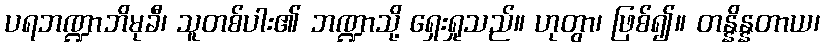
ပရဘဏ္ဍာဘိမုခီ၊ သူတစ်ပါး၏ ဘဏ္ဍာသို့ ရှေးရှုသည်။ ဟုတွာ၊ ဖြစ်၍။ တန္နိန္နတာယ၊